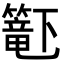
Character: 𬕹